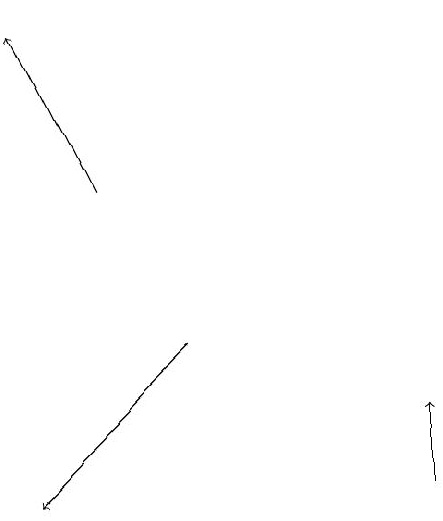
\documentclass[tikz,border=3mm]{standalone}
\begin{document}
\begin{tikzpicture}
\draw[->] (5,12) -- (5,13);
\draw[->] (1,16) -- (0,18);
\draw[->] (2,14) -- (0,12);
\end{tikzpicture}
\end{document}